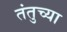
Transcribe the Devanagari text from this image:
तंतुच्या